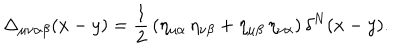
\Delta _ { \mu \nu \alpha \beta } ( x - y ) = \frac { 1 } { 2 } \, ( \eta _ { \mu \alpha } \, \eta _ { \nu \beta } + \eta _ { \mu \beta } \, \eta _ { \nu \alpha } ) \, \delta ^ { N } ( x - y ) .